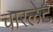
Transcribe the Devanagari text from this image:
चारलेट